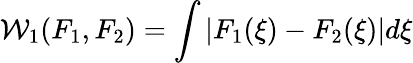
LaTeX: \mathcal{W}_{1}(F_{1},F_{2})=\int|F_{1}(\xi)-F_{2}(\xi)|d\xi